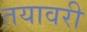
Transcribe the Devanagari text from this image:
तयावरी